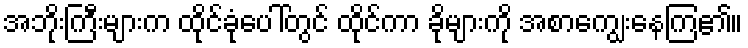
အဘိုးကြီးများက ထိုင်ခုံပေါ်တွင် ထိုင်ကာ ခိုများကို အစာကျွေးနေကြ၏။